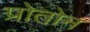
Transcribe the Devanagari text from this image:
प्रोतोन